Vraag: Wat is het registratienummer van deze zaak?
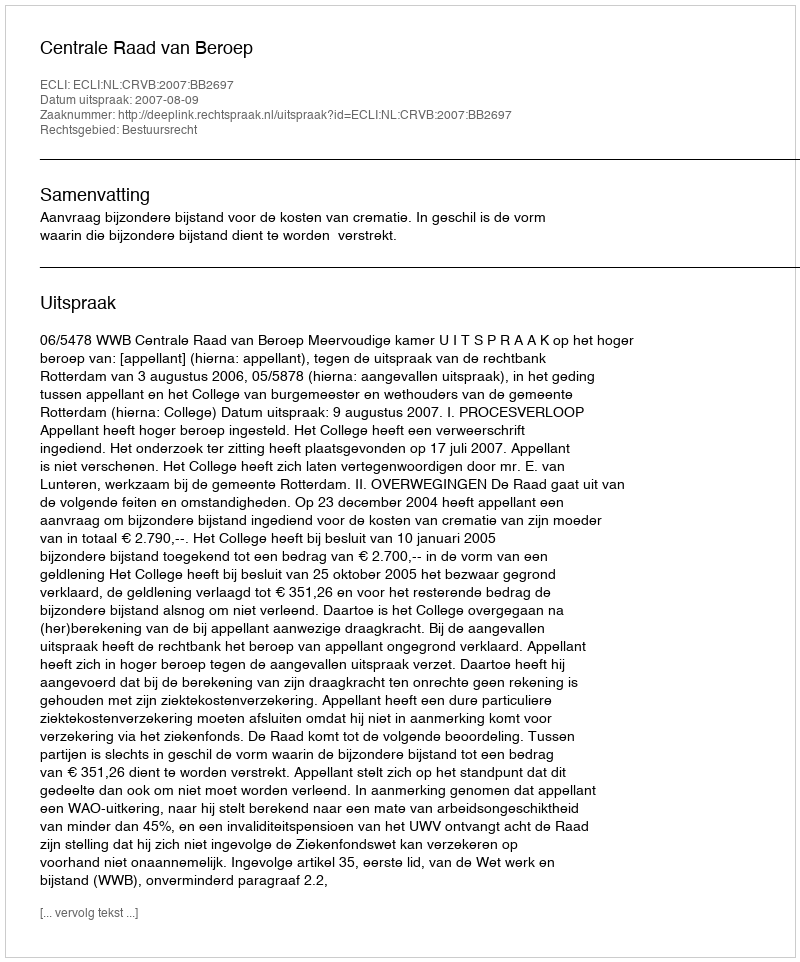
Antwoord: http://deeplink.rechtspraak.nl/uitspraak?id=ECLI:NL:CRVB:2007:BB2697